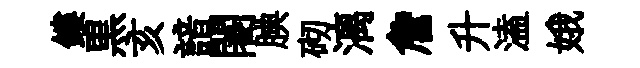
鏤黒亥諳闍腆砌漓詹升溘娥